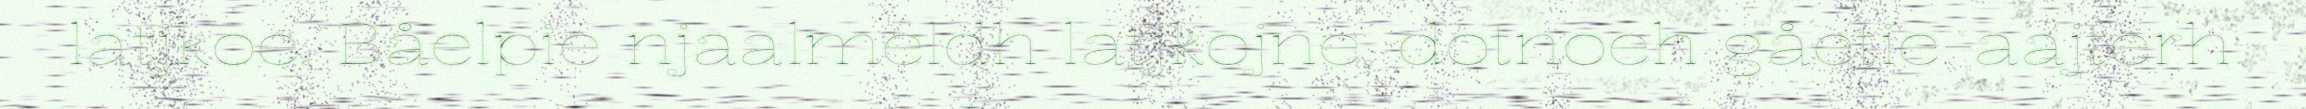
latjkoe. Båelpie njaalmeldh latjkojne, dotnoeh gåetie-aajterh